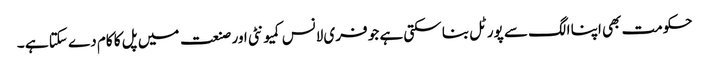
حکومت بھی اپنا الگ سے پورٹل بنا سکتی ہے جو فری لانس کمیونٹی اور صنعت میں پل کا کام دے سکتا ہے ۔